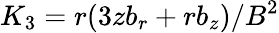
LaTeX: K_{3}=r(3zb_{r}+rb_{z})/B^{2}